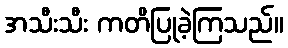
အသီးသီး ကတိပြုခဲ့ကြသည်။